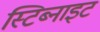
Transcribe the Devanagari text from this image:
स्टिब्नाइट